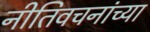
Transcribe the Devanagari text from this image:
नीतिवचनांच्या